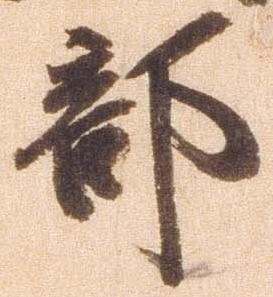
武